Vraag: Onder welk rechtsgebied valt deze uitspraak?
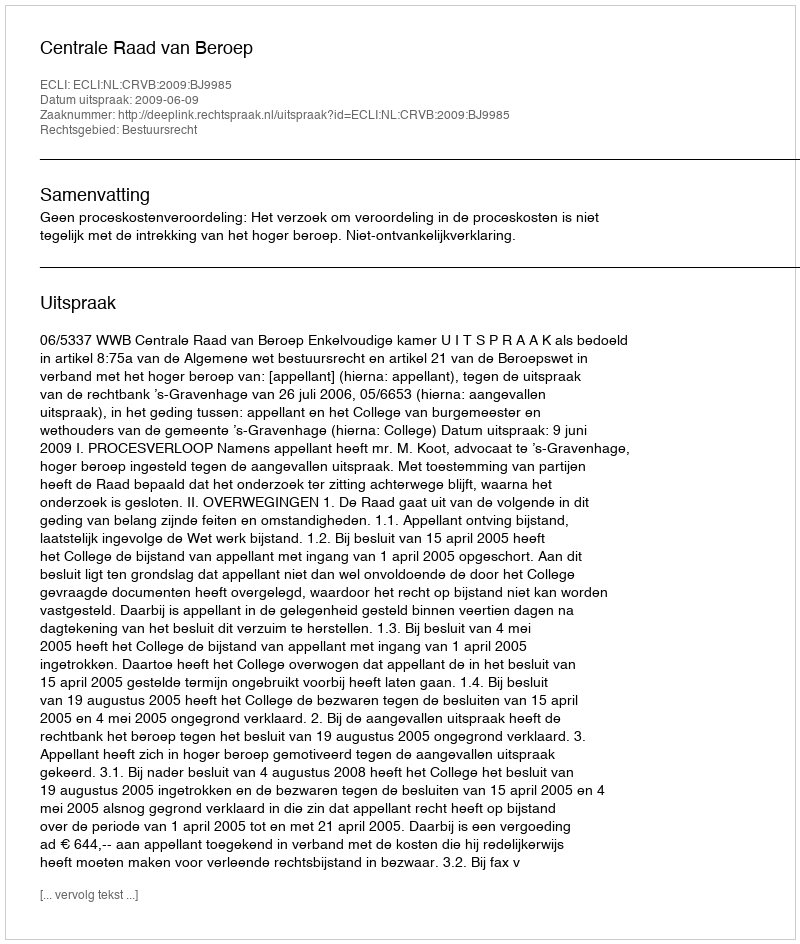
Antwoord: Bestuursrecht